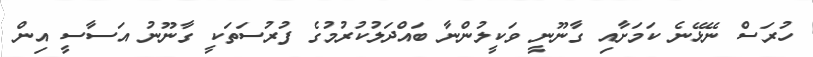
ހުރަސް ނޭޅޭނެ ކަމަށާއި ގާނޫނީ ވަކީލުންނާ ބައްދަލުކުރުމުގެ ފުރުސަތަކީ ގާނޫނު އަސާސީ އިން